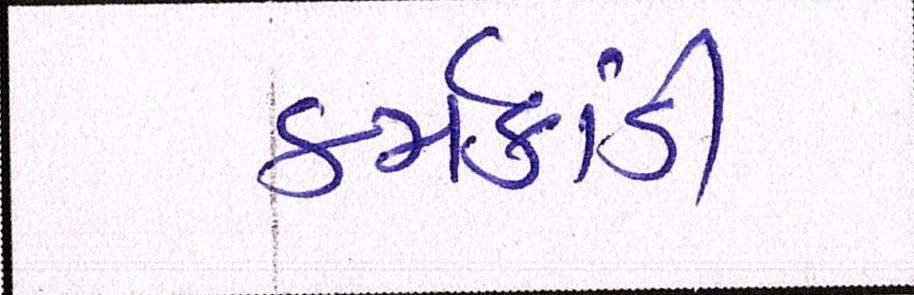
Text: કર્મકાંડી